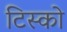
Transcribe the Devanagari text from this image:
टिस्‍को